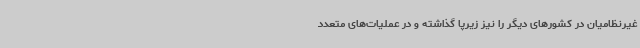
غیرنظامیان در کشورهای دیگر را نیز زیرپا گذاشته و در عملیات‌های متعدد